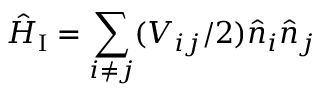
\hat { H } _ { \mathrm { I } } = \sum _ { i \neq j } ( V _ { i j } / 2 ) \hat { n } _ { i } \hat { n } _ { j }